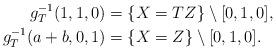
LaTeX: \begin{align*}g_T^{-1}(1,1,0) &= \{X=TZ\} \setminus [0,1,0],\\g_T^{-1}(a+b,0,1) &= \{X=Z\} \setminus [0,1,0].\end{align*}